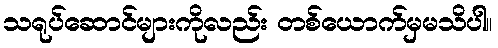
သရုပ်ဆောင်များကိုလည်း တစ်ယောက်မှမသိပါ။